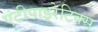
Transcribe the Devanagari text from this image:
एंटीपाइरेटिक्स